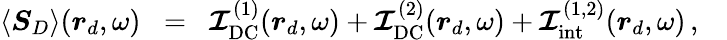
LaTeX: \begin{array}{rlr}{\langle\boldsymbol{S}_{D}\rangle(\boldsymbol{r}_{d},\omega)}&{\! =}&{\! \boldsymbol{\mathcal{I}}_{\mathrm{DC}}^{(1)}(\boldsymbol{r}_{d},\omega)+\boldsymbol{\mathcal{I}}_{\mathrm{DC}}^{(2)}(\boldsymbol{r}_{d},\omega)+\boldsymbol{\mathcal{I}}_{\mathrm{int}}^{(1,2)}(\boldsymbol{r}_{d},\omega)\, ,\quad}\end{array}